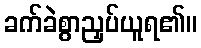
ခက်ခဲစွာညှပ်ယူရ၏။